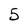
Character: 5